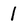
Character: 1